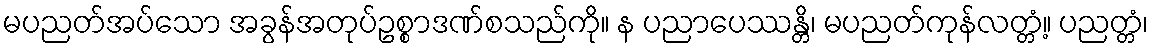
မပညတ်အပ်သော အခွန်အတုပ်ဥစ္စာဒဏ်စသည်ကို။ န ပညာပေဿန္တိ၊ မပညတ်ကုန်လတ္တံ့။ ပညတ္တံ၊